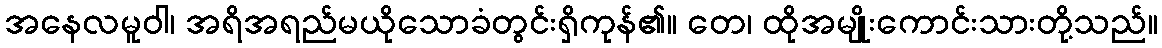
အနေလမူဝါ၊ အရိအရည်မယိုသောခံတွင်းရှိကုန်၏။ တေ၊ ထိုအမျိုးကောင်းသားတို့သည်။